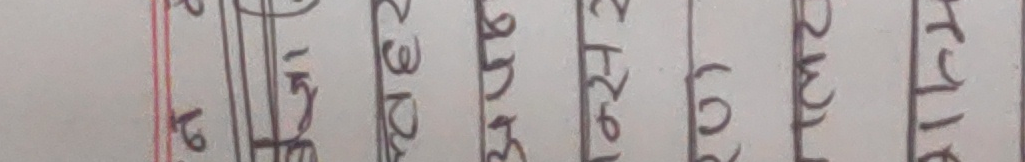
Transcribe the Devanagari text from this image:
बैठकमा